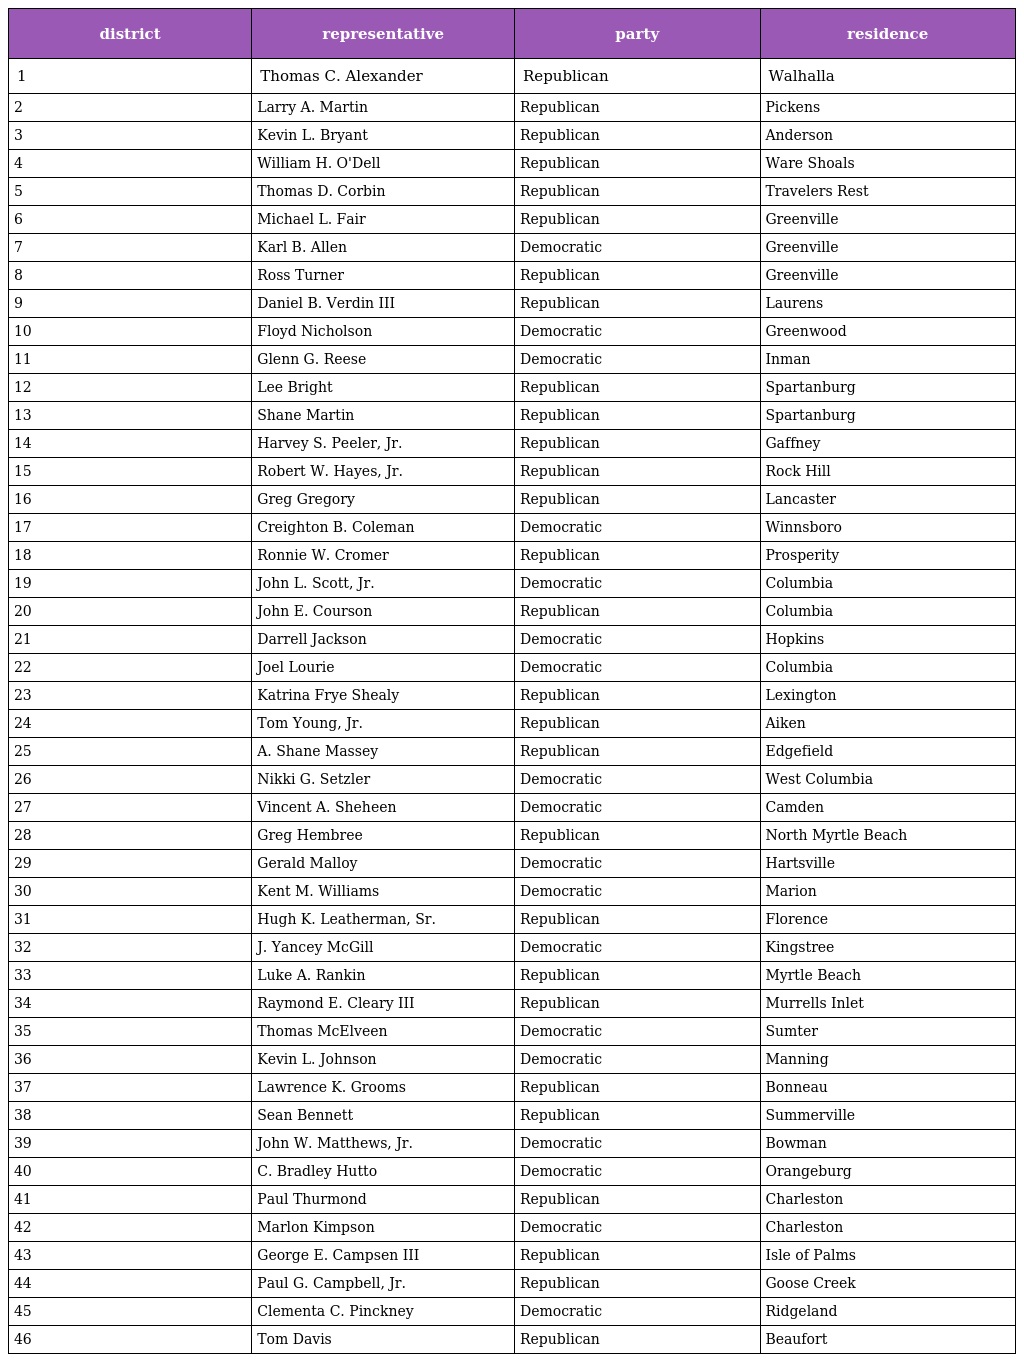
| district | representative | party | residence |
 | --- | --- | --- | --- |
 | 1 | Thomas C. Alexander | Republican | Walhalla |
 | 2 | Larry A. Martin | Republican | Pickens |
 | 3 | Kevin L. Bryant | Republican | Anderson |
 | 4 | William H. O'Dell | Republican | Ware Shoals |
 | 5 | Thomas D. Corbin | Republican | Travelers Rest |
 | 6 | Michael L. Fair | Republican | Greenville |
 | 7 | Karl B. Allen | Democratic | Greenville |
 | 8 | Ross Turner | Republican | Greenville |
 | 9 | Daniel B. Verdin III | Republican | Laurens |
 | 10 | Floyd Nicholson | Democratic | Greenwood |
 | 11 | Glenn G. Reese | Democratic | Inman |
 | 12 | Lee Bright | Republican | Spartanburg |
 | 13 | Shane Martin | Republican | Spartanburg |
 | 14 | Harvey S. Peeler, Jr. | Republican | Gaffney |
 | 15 | Robert W. Hayes, Jr. | Republican | Rock Hill |
 | 16 | Greg Gregory | Republican | Lancaster |
 | 17 | Creighton B. Coleman | Democratic | Winnsboro |
 | 18 | Ronnie W. Cromer | Republican | Prosperity |
 | 19 | John L. Scott, Jr. | Democratic | Columbia |
 | 20 | John E. Courson | Republican | Columbia |
 | 21 | Darrell Jackson | Democratic | Hopkins |
 | 22 | Joel Lourie | Democratic | Columbia |
 | 23 | Katrina Frye Shealy | Republican | Lexington |
 | 24 | Tom Young, Jr. | Republican | Aiken |
 | 25 | A. Shane Massey | Republican | Edgefield |
 | 26 | Nikki G. Setzler | Democratic | West Columbia |
 | 27 | Vincent A. Sheheen | Democratic | Camden |
 | 28 | Greg Hembree | Republican | North Myrtle Beach |
 | 29 | Gerald Malloy | Democratic | Hartsville |
 | 30 | Kent M. Williams | Democratic | Marion |
 | 31 | Hugh K. Leatherman, Sr. | Republican | Florence |
 | 32 | J. Yancey McGill | Democratic | Kingstree |
 | 33 | Luke A. Rankin | Republican | Myrtle Beach |
 | 34 | Raymond E. Cleary III | Republican | Murrells Inlet |
 | 35 | Thomas McElveen | Democratic | Sumter |
 | 36 | Kevin L. Johnson | Democratic | Manning |
 | 37 | Lawrence K. Grooms | Republican | Bonneau |
 | 38 | Sean Bennett | Republican | Summerville |
 | 39 | John W. Matthews, Jr. | Democratic | Bowman |
 | 40 | C. Bradley Hutto | Democratic | Orangeburg |
 | 41 | Paul Thurmond | Republican | Charleston |
 | 42 | Marlon Kimpson | Democratic | Charleston |
 | 43 | George E. Campsen III | Republican | Isle of Palms |
 | 44 | Paul G. Campbell, Jr. | Republican | Goose Creek |
 | 45 | Clementa C. Pinckney | Democratic | Ridgeland |
 | 46 | Tom Davis | Republican | Beaufort |